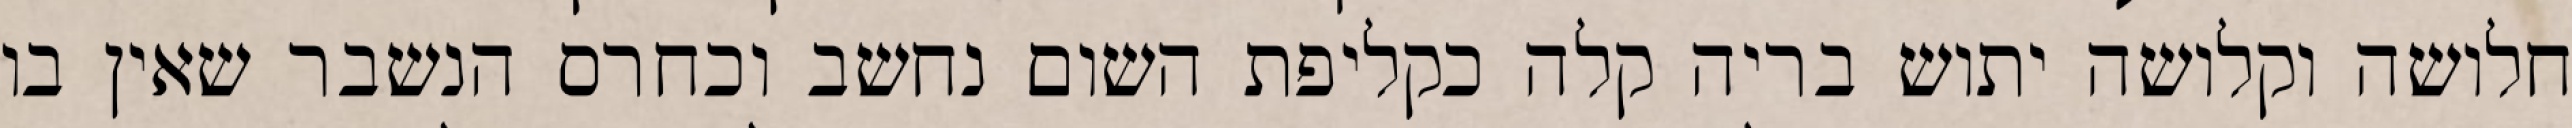
חלושה וקלושה יתוש בריה קלה כקליפת השום נחשב וכחרס הנשבר שאין בו